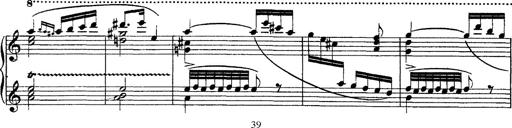
Title: Grandes Ã©tudes de Paganini
Composer: Franz Liszt